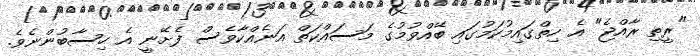
"ރީތި ރާއްޖެ" އެ ހިތްގައިމުކަމުގައި ބޭއްވުމުގެ މަސައްކަތް އަނެއްކާވެސް ފެށޭނީ އެ ހިސާބުންނެވެ.